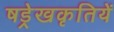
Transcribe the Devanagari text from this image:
षड्रेखकृतियें